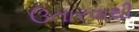
ઉતારવાથી